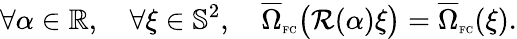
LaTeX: \forall\alpha\in\mathbb{R},\quad\forall\xi\in\mathbb{S}^{2},\quad\overline{{\Omega}}_{\textnormal{\tiny{FC}}}\big(\mathcal{R}(\alpha)\xi\big)=\overline{{\Omega}}_{\textnormal{\tiny{FC}}}(\xi).